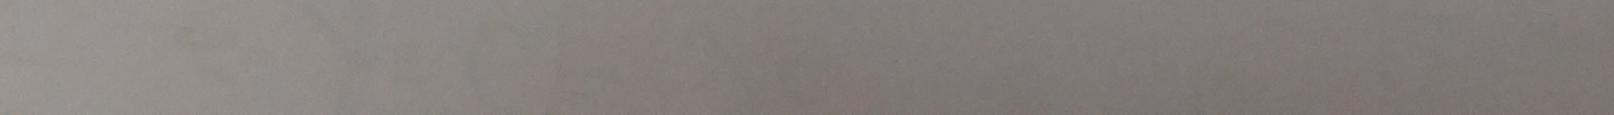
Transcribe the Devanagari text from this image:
2080 फाल्गुण मंगलवार सहित